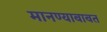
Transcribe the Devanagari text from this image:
मानण्याबाबत